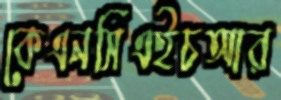
কেএনসিএইচআর